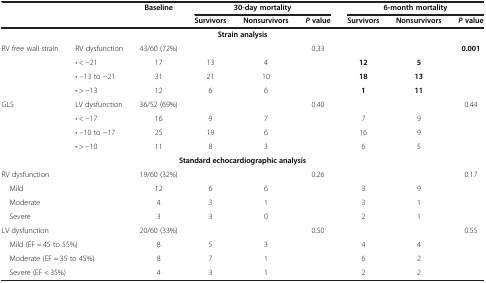
<table><thead><tr><td rowspan="2" colspan="2"><b> </b></td><td rowspan="2"><b>Baseline</b></td><td colspan="3"><b>30-day mortality</b></td><td colspan="3"><b>6-month mortality</b></td></tr><tr><td><b>Survivors</b></td><td><b>Nonsurvivors</b></td><td><b><i>P </i>value</b></td><td><b>Survivors</b></td><td><b>Nonsurvivors</b></td><td><b><i>P </i>value</b></td></tr></thead><tbody><tr><td colspan="9"><b>Strain analysis</b></td></tr><tr><td rowspan="4">RV free wall strain</td><td>RV dysfunction</td><td>43/60 (72%)</td><td> </td><td> </td><td rowspan="4">0.33</td><td> </td><td> </td><td rowspan="4"><b>0.001</b></td></tr><tr><td>• &lt; −21</td><td>17</td><td>13</td><td>4</td><td><b>12</b></td><td><b>5</b></td></tr><tr><td>• –13 to −21</td><td>31</td><td>21</td><td>10</td><td><b>18</b></td><td><b>13</b></td></tr><tr><td>• &gt; −13</td><td>12</td><td>6</td><td>6</td><td><b>1</b></td><td><b>11</b></td></tr><tr><td rowspan="4">GLS</td><td>LV dysfunction</td><td>36/52 (69%)</td><td> </td><td> </td><td rowspan="4">0.40</td><td> </td><td> </td><td rowspan="4">0.44</td></tr><tr><td>• &lt; −17</td><td>16</td><td>9</td><td>7</td><td>7</td><td>9</td></tr><tr><td>• –10 to −17</td><td>25</td><td>19</td><td>6</td><td>16</td><td>9</td></tr><tr><td>• &gt; −10</td><td>11</td><td>8</td><td>3</td><td>6</td><td>5</td></tr><tr><td colspan="9"><b>Standard echocardiographic analysis</b></td></tr><tr><td colspan="2">RV dysfunction</td><td>19/60 (32%)</td><td> </td><td> </td><td rowspan="4">0.26</td><td> </td><td> </td><td rowspan="4">0.17</td></tr><tr><td colspan="2"> Mild</td><td>12</td><td>6</td><td>6</td><td>3</td><td>9</td></tr><tr><td colspan="2"> Moderate</td><td>4</td><td>3</td><td>1</td><td>3</td><td>1</td></tr><tr><td colspan="2"> Severe</td><td>3</td><td>3</td><td>0</td><td>2</td><td>1</td></tr><tr><td colspan="2">LV dysfunction</td><td>20/60 (33%)</td><td> </td><td> </td><td rowspan="4">0.50</td><td> </td><td> </td><td rowspan="4">0.55</td></tr><tr><td colspan="2"> Mild (EF = 45 to 55%)</td><td>8</td><td>5</td><td>3</td><td>4</td><td>4</td></tr><tr><td colspan="2"> Moderate (EF = 35 to 45%)</td><td>8</td><td>7</td><td>1</td><td>6</td><td>2</td></tr><tr><td colspan="2"> Severe (EF &lt; 35%)</td><td>4</td><td>3</td><td>1</td><td>2</td><td>2</td></tr></tbody></table>